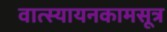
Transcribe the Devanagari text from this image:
वात्स्यायनकामसूत्र